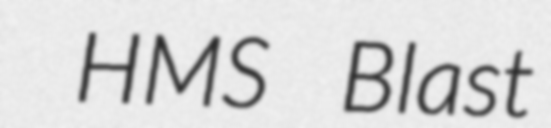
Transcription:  HMS Blast